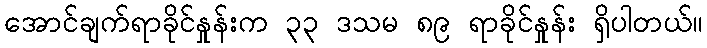
အောင်ချက်ရာခိုင်နှုန်းက ၃၃ ဒသမ ၈၉ ရာခိုင်နှုန်း ရှိပါတယ်။